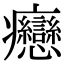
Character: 𤼣